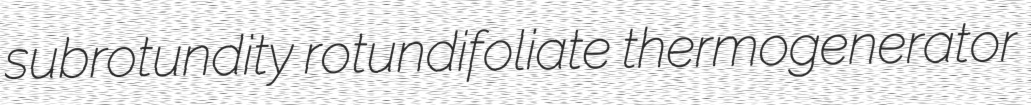
subrotundity rotundifoliate thermogenerator